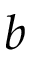
b